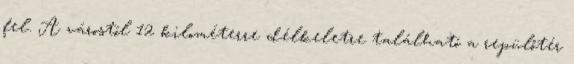
fel. A várostól 12 kilométerre délkeletre található a repülőtér